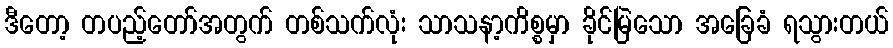
ဒီတော့ တပည့်တော်အတွက် တစ်သက်လုံး သာသနာ့ကိစ္စမှာ ခိုင်မြဲသော အခြေခံ ရသွားတယ်